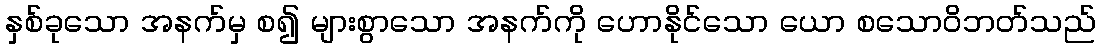
နှစ်ခုသော အနက်မှ စ၍ များစွာသော အနက်ကို ဟောနိုင်သော ယော စသောဝိဘတ်သည်